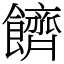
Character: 䭣